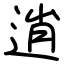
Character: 逍